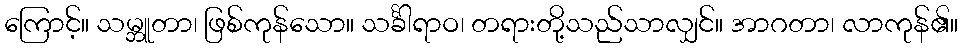
ကြောင့်။ သမ္ဘူတာ၊ ဖြစ်ကုန်သော။ သင်္ခါရာဝ၊ တရားတို့သည်သာလျှင်။ အာဂတာ၊ လာကုန်၏။